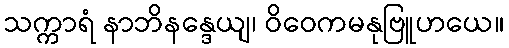
သက္ကာရံ နာဘိနန္ဒေယျ၊ ဝိဝေကမနုဗြူဟယေ။